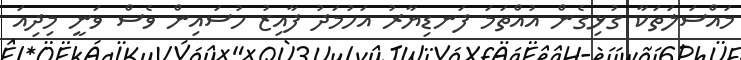
މައްސަލަތަކާ ގުޅިގެން އުއްތަމަ ފަނޑިޔާރު އަހުމަދު ފާއިޒު ހުސައިން ވެސް ވަނީ މިދިއަ